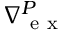
\nabla { } _ { \mathrm { ~ e ~ x ~ } } ^ { P }